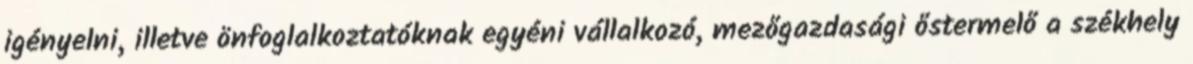
igényelni, illetve önfoglalkoztatóknak egyéni vállalkozó, mezőgazdasági őstermelő a székhely